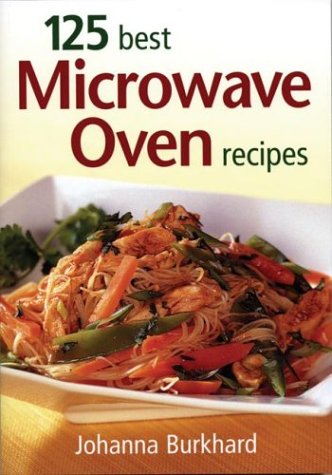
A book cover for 125 Best Microwave Oven Recipes; Johanna Burkhard; Cookbooks, Food & Wine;